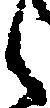
之